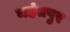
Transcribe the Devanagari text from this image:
महंतपुर